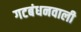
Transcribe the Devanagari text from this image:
गटबंधनवाली